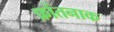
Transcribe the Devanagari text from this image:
फ्रोंतनाक